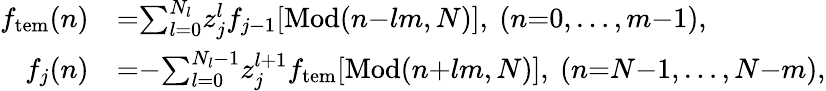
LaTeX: \begin{array}{rl}{f_{\mathrm{tem}}(n)}&{{=}{\sum_{l=0}^{N_{l}}}z_{j}^{l}f_{j-1}[\mathrm{Mod}(n{-}lm,N)],\ (n{=}0,\ldots,m{-}1),}\\ {f_{j}(n)}&{{=}{-}{\sum_{l=0}^{N_{l}-1}}z_{j}^{l{+}1}f_{\mathrm{tem}}[\mathrm{Mod}(n{+}lm,N)],\ (n{=}N{-}1,\ldots,N{-}m),}\end{array}